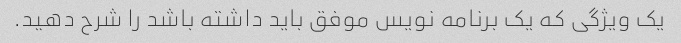
یک ویژگی که یک برنامه نویس موفق باید داشته باشد را شرح دهید.